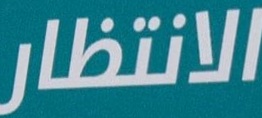
الانتظار